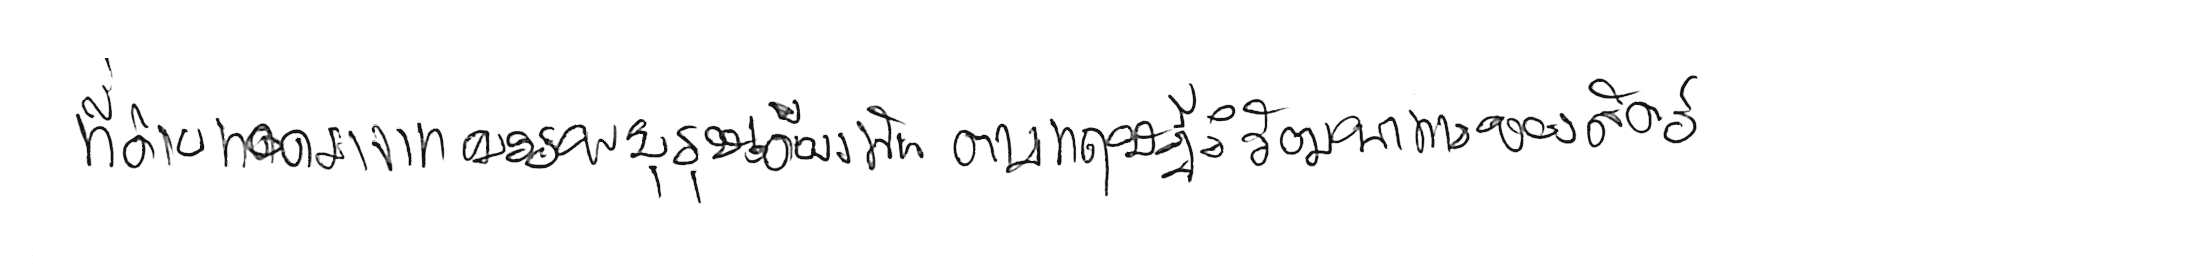
ที่ถ่ายทอดมาจากบรรพบุรุษเดียวกัน ตามทฤษฎีวิวัฒนาการของสัตว์